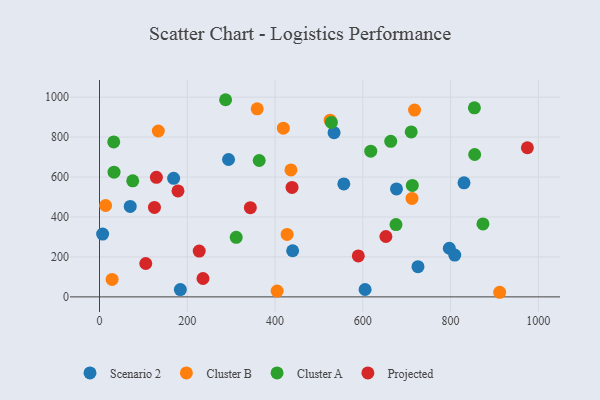
{"axis": {"x": "Distance", "y": "Salary"}, "legend": ["Cluster A", "Cluster B", "Projected", "Scenario 2"], "data": [{"x": "184.2", "y": 36.4, "type": "Scenario 2"}, {"x": "797.1", "y": 243.6, "type": "Scenario 2"}, {"x": "168.9", "y": 593.4, "type": "Scenario 2"}, {"x": "7.1", "y": 314.4, "type": "Scenario 2"}, {"x": "534.5", "y": 822.2, "type": "Scenario 2"}, {"x": "809.5", "y": 209.2, "type": "Scenario 2"}, {"x": "676.7", "y": 540.5, "type": "Scenario 2"}, {"x": "830.6", "y": 571.0, "type": "Scenario 2"}, {"x": "556.7", "y": 565.6, "type": "Scenario 2"}, {"x": "440.1", "y": 230.9, "type": "Scenario 2"}, {"x": "70.0", "y": 452.8, "type": "Scenario 2"}, {"x": "725.7", "y": 151.3, "type": "Scenario 2"}, {"x": "605.2", "y": 36.9, "type": "Scenario 2"}, {"x": "294.0", "y": 687.7, "type": "Scenario 2"}, {"x": "418.9", "y": 844.8, "type": "Cluster B"}, {"x": "134.0", "y": 830.4, "type": "Cluster B"}, {"x": "404.8", "y": 29.2, "type": "Cluster B"}, {"x": "911.9", "y": 23.1, "type": "Cluster B"}, {"x": "359.3", "y": 941.2, "type": "Cluster B"}, {"x": "717.9", "y": 935.3, "type": "Cluster B"}, {"x": "525.5", "y": 884.8, "type": "Cluster B"}, {"x": "427.5", "y": 312.9, "type": "Cluster B"}, {"x": "28.7", "y": 87.2, "type": "Cluster B"}, {"x": "712.1", "y": 493.1, "type": "Cluster B"}, {"x": "436.2", "y": 635.7, "type": "Cluster B"}, {"x": "13.9", "y": 457.4, "type": "Cluster B"}, {"x": "311.5", "y": 298.3, "type": "Cluster A"}, {"x": "287.3", "y": 987.0, "type": "Cluster A"}, {"x": "854.9", "y": 712.9, "type": "Cluster A"}, {"x": "33.1", "y": 624.3, "type": "Cluster A"}, {"x": "854.3", "y": 946.7, "type": "Cluster A"}, {"x": "618.1", "y": 729.6, "type": "Cluster A"}, {"x": "32.4", "y": 775.9, "type": "Cluster A"}, {"x": "528.4", "y": 873.3, "type": "Cluster A"}, {"x": "663.6", "y": 778.8, "type": "Cluster A"}, {"x": "363.9", "y": 682.7, "type": "Cluster A"}, {"x": "675.6", "y": 362.2, "type": "Cluster A"}, {"x": "873.8", "y": 365.5, "type": "Cluster A"}, {"x": "710.3", "y": 825.7, "type": "Cluster A"}, {"x": "712.8", "y": 558.0, "type": "Cluster A"}, {"x": "75.7", "y": 581.0, "type": "Cluster A"}, {"x": "589.7", "y": 205.3, "type": "Projected"}, {"x": "438.7", "y": 548.0, "type": "Projected"}, {"x": "975.0", "y": 746.7, "type": "Projected"}, {"x": "129.6", "y": 598.5, "type": "Projected"}, {"x": "343.7", "y": 446.7, "type": "Projected"}, {"x": "652.6", "y": 302.3, "type": "Projected"}, {"x": "105.4", "y": 167.1, "type": "Projected"}, {"x": "178.8", "y": 530.3, "type": "Projected"}, {"x": "235.8", "y": 92.1, "type": "Projected"}, {"x": "125.2", "y": 448.0, "type": "Projected"}, {"x": "227.2", "y": 229.3, "type": "Projected"}]}